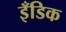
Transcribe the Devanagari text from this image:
इँडिक